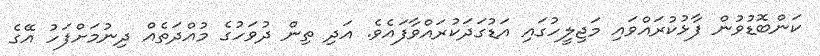
ކަންބޮޑުވުން ފާޅުކުރައްވައި މަޖިލީހުގައި އަޑުގަދަކުރައްވާފައެވެ. އަދި ތިން ދުވަހުގެ މުއްދަތެއް ދިނުމަށްފަހު އޭގެ